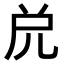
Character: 𠒁